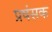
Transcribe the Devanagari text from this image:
प्रषंसक